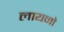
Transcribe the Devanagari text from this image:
लायनो